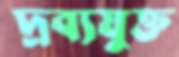
দ্রব্যযুক্ত